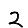
Digit: 2